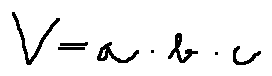
V = a \cdot b \cdot c